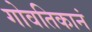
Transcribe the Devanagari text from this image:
गोवतिकानं